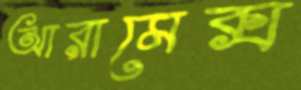
আরামেক্স